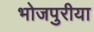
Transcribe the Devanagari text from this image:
भोजपुरीया